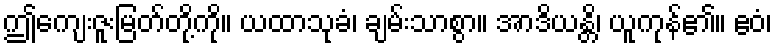
ဤကျေးဇူးမြတ်တို့ကို။ ယထာသုခံ၊ ချမ်းသာစွာ။ အာဒိယန္တိ၊ ယူကုန်၏။ ဧဝံ၊